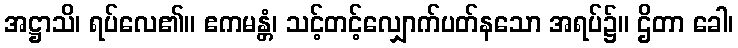
အဋ္ဌာသိ၊ ရပ်လေ၏။ ဧကမန္တံ၊ သင့်တင့်လျှောက်ပတ်နသော အရပ်၌။ ဌိတာ ခေါ၊